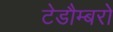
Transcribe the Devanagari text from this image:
टेडौम्बरो